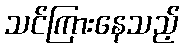
သင်ကြားနေသည့်